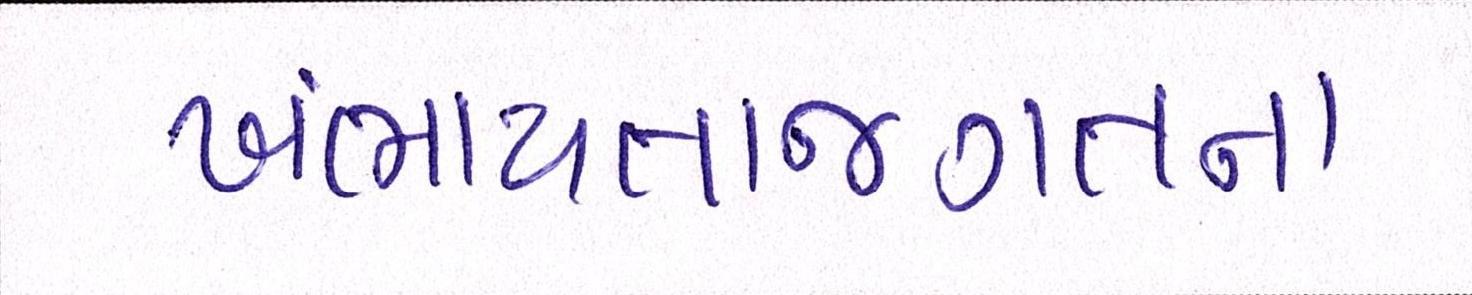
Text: ખંભાયતાજગતના